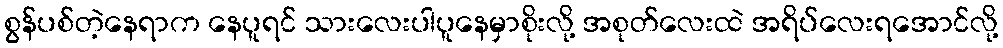
စွန်ပစ်တဲ့နေရာက နေပူရင် သားလေးပါပူနေမှာစိုးလို့ အစုတ်လေးထဲ အရိပ်လေးရအောင်လို့